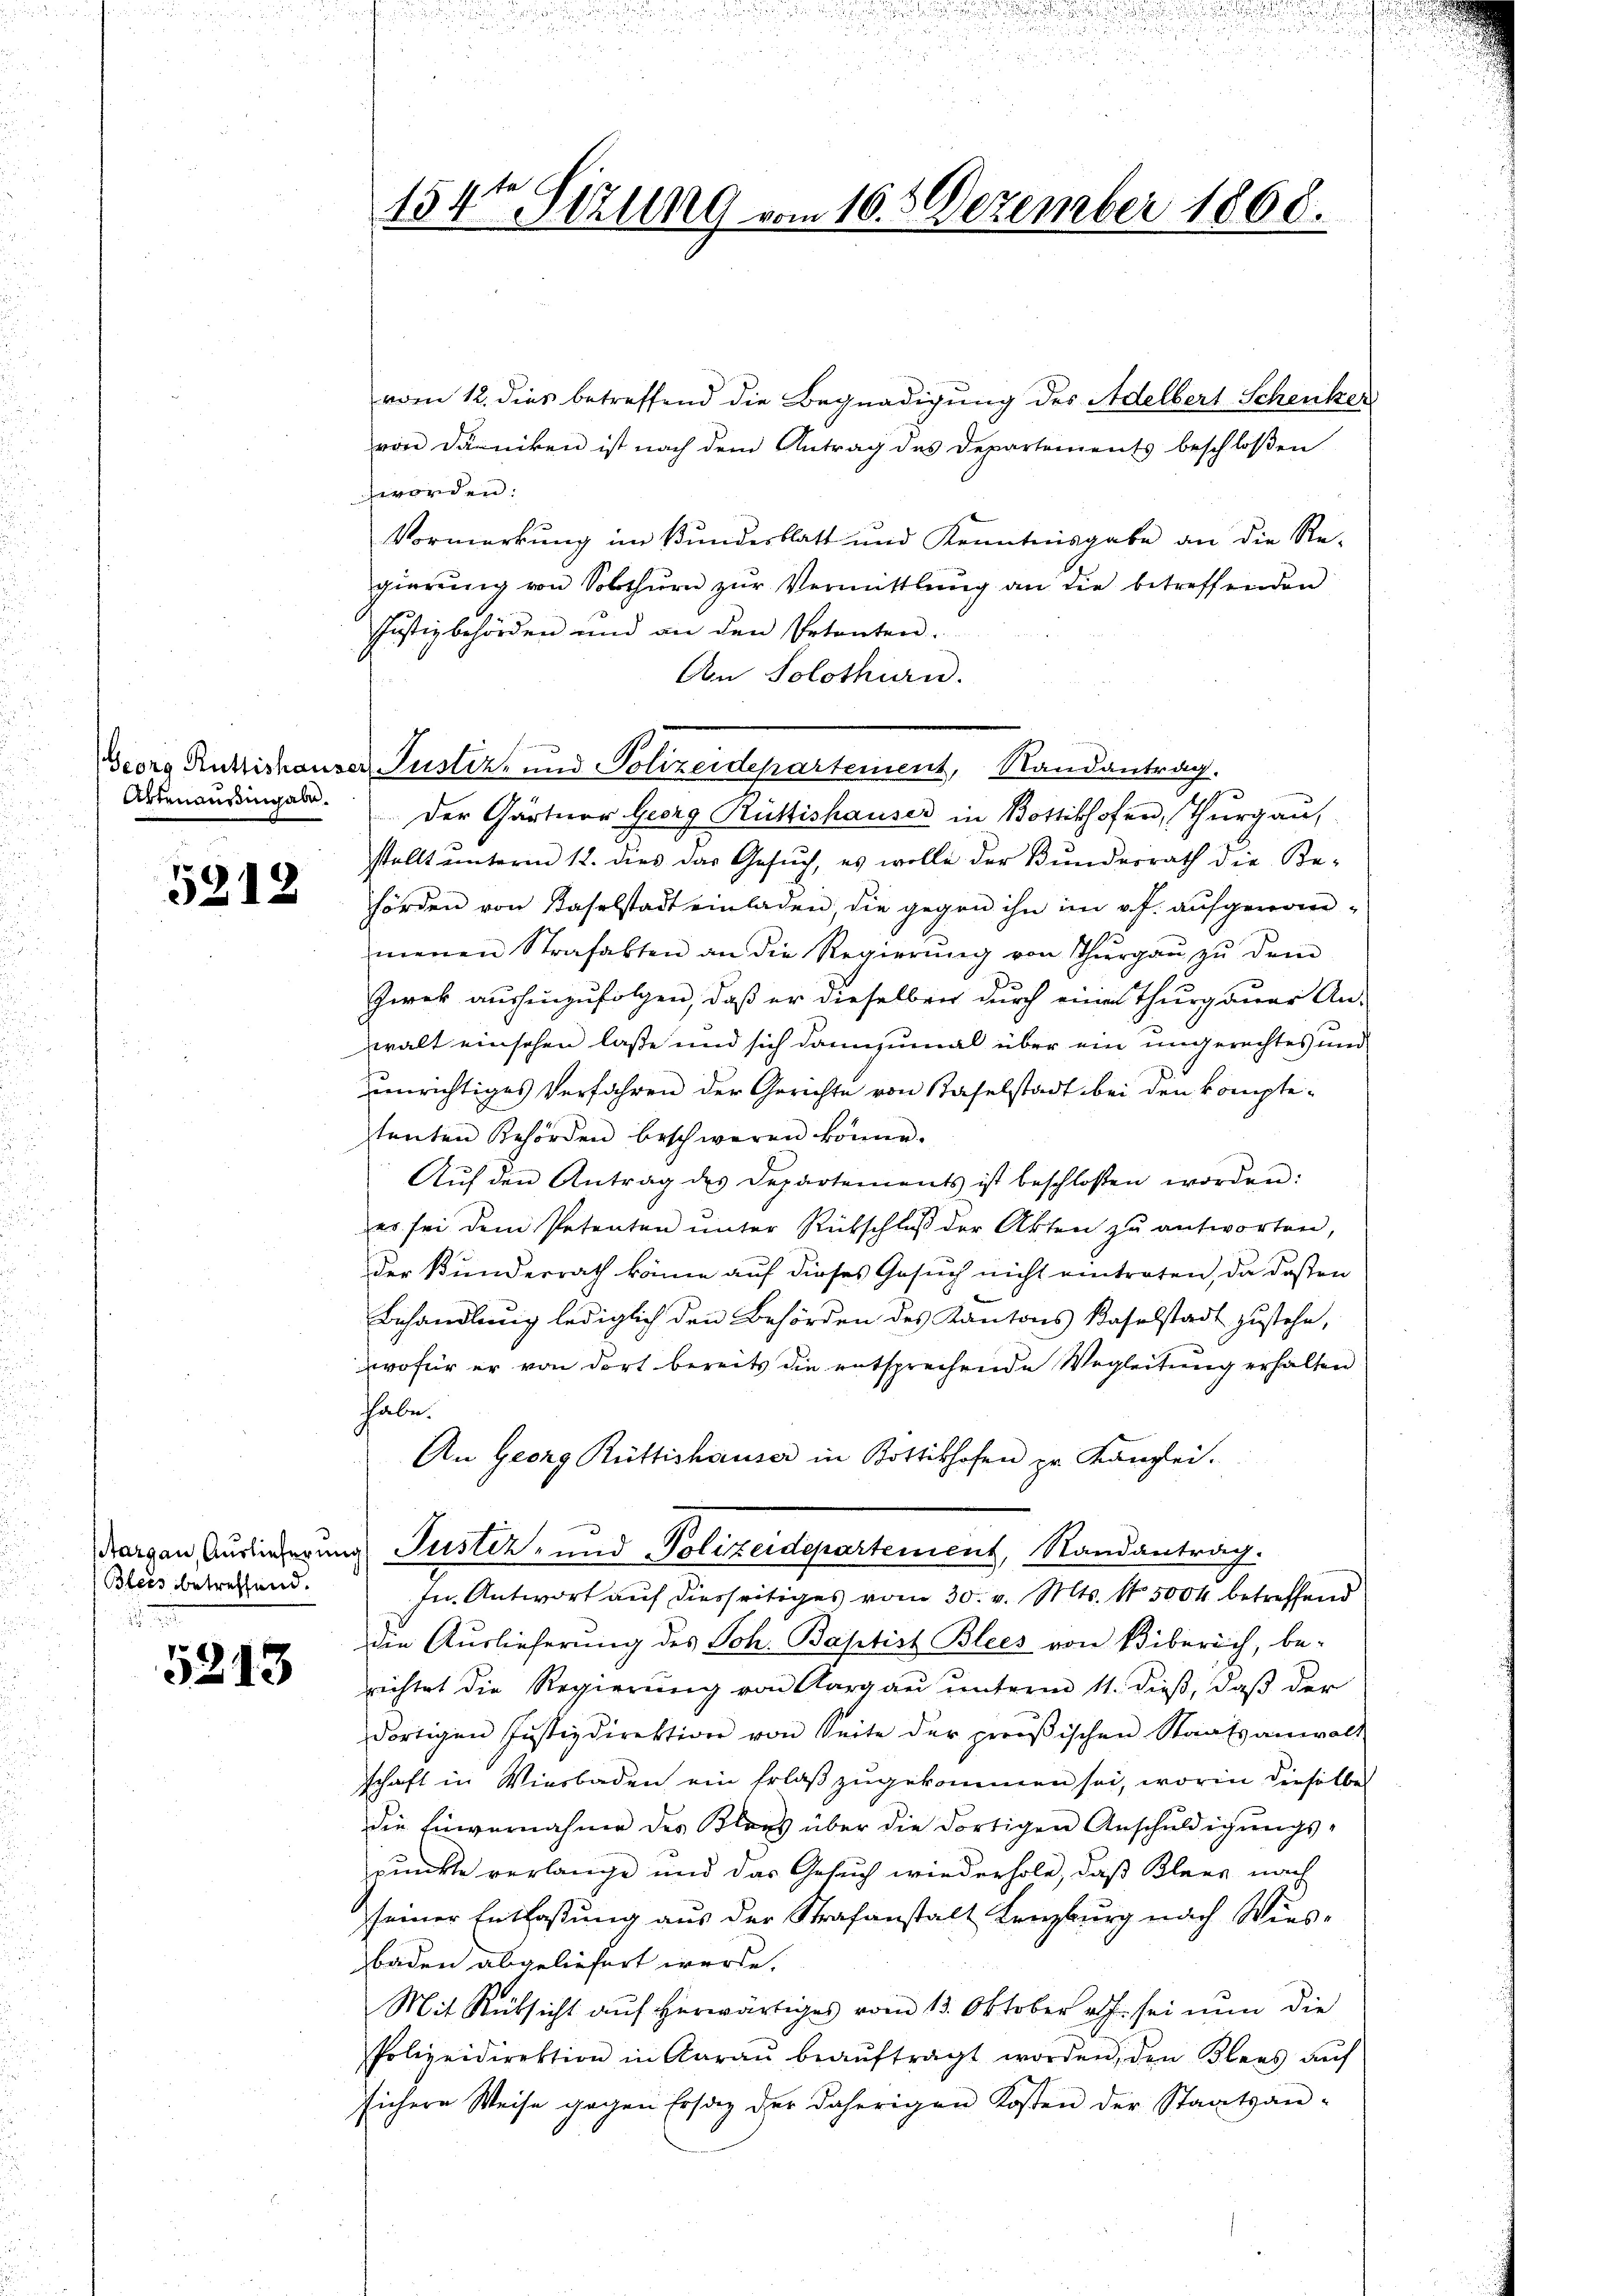
Artenausingabe.

5212

Blees betreffend.
2.

5213

vom 12. dies betreffend die Begnadigung des Adelbert Schenker
von Däniken ist nach dem Antrag des Departements beschloßen
worden:
Vormerkung im Bundesblatt und Kenntnisgabe an die Re-
gierŭng von Solothurn zŭr Vermittlung an die betreffenden
Justizbehörden und an den Petenten.
Am Solothurn.
.
Georg Rukzishauser Justiz- und Polizeidepartement, Randantrag.
Der Gärtner Georg Rüttishauser in Bottikhofen, Thurgau
stellt unterm 12. dies das Gesuch, es wolle der Bunderrath die Be-
hörden von Kaselstadt einladen die gegen ihn im v. J. aufgenommenen Strafakten an die Regierŭng von Thŭrgaŭ zŭ dem
Zwek aushinzufolgen, daß er dieselben durch eines Thurgauer An-
walt einschen laße und sich dannzumal über ein ungerechtes und
unrichtiges Verfahren der Gerichte von Kaselstadt bei den kompte-
tenten Behörden beschweren könne.
Aŭf den Antrag des Departements ist beschlossen worden:
es sei dem Petenten ŭnter Rückschlŭβ der Akten zŭ antworten,
der Bunderrath könne auf dieses Gesuch nicht eintraten, da deßen
Behandlung lediglich den Behörden des Kantons Baselstadt zustehe,
wofür er von dort bereits die entsprechende Wegleitung erhalten
habe.
An Georg Rüttishauser in Bottikhofen pr. Kanzlei.
darvon Auslieferung Justiz- und Polizeidepartement, Randantrag.
In Antwort auf diesseitiges vom 30. v. Mts. 1 5000 betreffend
die Auslieferung des Joh. Baptist Blees von Biberich, be-
richtet die Regierung von Aargau unterm 11. dieß, daß der
dortigen Justizdirektion von Seite der prooβischen Staatsanwalt
schaft in Wiesbaden ein Erlaß zugekommen sei, worin dieselbe
die Einvernahme des Klees über die dortigen Anschŭldigŭngs-
punkte verlange und das Gesuch wiederhole, daß Klees nach
seiner Entlaßung aus der Strafanstalt Lenzburg nach Wies-
Baden abgeliefert werde.
Mit Rücksicht auf herwärtiges vom 13. Oktober a. sei nun die
Polizeidirektion in Aaraŭ beaŭftragt worden, den Klees aŭf
sichere Weise gegen Ersatz der daherigen Kosten der Staatsan-

154te Sitzung vom 16. 5 Dezember 1868.

n

d